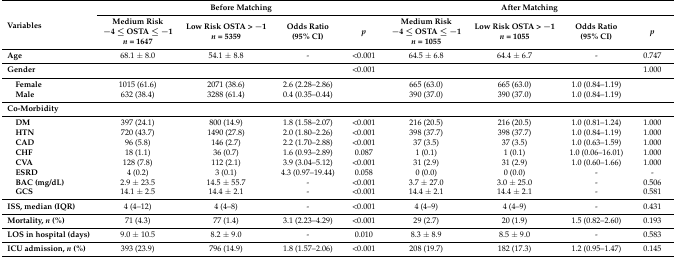
<table><thead><tr><td rowspan="2"><b>Variables</b></td><td colspan="4"><b>Before Matching</b></td><td colspan="4"><b>After Matching</b></td></tr><tr><td><b>Medium Risk −4 ≤ OSTA ≤ −1<i>n</i> = 1647</b></td><td><b>Low Risk OSTA &gt; −1<i>n</i> = 5359</b></td><td><b>Odds Ratio(95% CI)</b></td><td><b><i>p</i></b></td><td><b>Medium Risk −4 ≤ OSTA ≤ −1<i>n</i> = 1055</b></td><td><b>Low Risk OSTA &gt; −1<i>n</i> = 1055</b></td><td><b>Odds Ratio(95% CI)</b></td><td><b><i>p</i></b></td></tr></thead><tbody><tr><td><b>Age</b></td><td>68.1 ± 8.0</td><td>54.1 ± 8.8</td><td>-</td><td>&lt;0.001</td><td>64.5 ± 6.8</td><td>64.4 ± 6.7</td><td>-</td><td>0.747</td></tr><tr><td><b>Gender</b></td><td></td><td></td><td></td><td>&lt;0.001</td><td></td><td></td><td></td><td>1.000</td></tr><tr><td> <b>Female</b></td><td>1015 (61.6)</td><td>2071 (38.6)</td><td>2.6 (2.28–2.86)</td><td></td><td>665 (63.0)</td><td>665 (63.0)</td><td>1.0 (0.84–1.19)</td><td></td></tr><tr><td> <b>Male</b></td><td>632 (38.4)</td><td>3288 (61.4)</td><td>0.4 (0.35–0.44)</td><td></td><td>390 (37.0)</td><td>390 (37.0)</td><td>1.0 (0.84–1.19)</td><td></td></tr><tr><td><b>Co-Morbidity</b></td><td></td><td></td><td></td><td></td><td></td><td></td><td></td><td></td></tr><tr><td> <b>DM</b></td><td>397 (24.1)</td><td>800 (14.9)</td><td>1.8 (1.58–2.07)</td><td>&lt;0.001</td><td>216 (20.5)</td><td>216 (20.5)</td><td>1.0 (0.81–1.24)</td><td>1.000</td></tr><tr><td> <b>HTN</b></td><td>720 (43.7)</td><td>1490 (27.8)</td><td>2.0 (1.80–2.26)</td><td>&lt;0.001</td><td>398 (37.7)</td><td>398 (37.7)</td><td>1.0 (0.84–1.19)</td><td>1.000</td></tr><tr><td> <b>CAD</b></td><td>96 (5.8)</td><td>146 (2.7)</td><td>2.2 (1.70–2.88)</td><td>&lt;0.001</td><td>37 (3.5)</td><td>37 (3.5)</td><td>1.0 (0.63–1.59)</td><td>1.000</td></tr><tr><td> <b>CHF</b></td><td>18 (1.1)</td><td>36 (0.7)</td><td>1.6 (0.93–2.89)</td><td>0.087</td><td>1 (0.1)</td><td>1 (0.1)</td><td>1.0 (0.06–16.01)</td><td>1.000</td></tr><tr><td> <b>CVA</b></td><td>128 (7.8)</td><td>112 (2.1)</td><td>3.9 (3.04–5.12)</td><td>&lt;0.001</td><td>31 (2.9)</td><td>31 (2.9)</td><td>1.0 (0.60–1.66)</td><td>1.000</td></tr><tr><td> <b>ESRD</b></td><td>4 (0.2)</td><td>3 (0.1)</td><td>4.3 (0.97–19.44)</td><td>0.058</td><td>0 (0.0)</td><td>0 (0.0)</td><td>-</td><td>-</td></tr><tr><td> <b>BAC (mg/d</b><b>L</b><b>)</b></td><td>2.9 ± 23.5</td><td>14.5 ± 55.7</td><td>-</td><td>&lt;0.001</td><td>3.7 ± 27.0</td><td>3.0 ± 25.0</td><td>-</td><td>0.506</td></tr><tr><td> <b>GCS</b></td><td>14.1 ± 2.5</td><td>14.4 ± 2.1</td><td>-</td><td>&lt;0.001</td><td>14.4 ± 2.1</td><td>14.4 ± 2.1</td><td>-</td><td>0.581</td></tr><tr><td><b>ISS, median (IQR)</b></td><td>4 (4–12)</td><td>4 (4–8)</td><td>-</td><td>&lt;0.001</td><td>4 (4–9)</td><td>4 (4–9)</td><td>-</td><td>0.431</td></tr><tr><td><b>Mortality, <i>n</i> (%)</b></td><td>71 (4.3)</td><td>77 (1.4)</td><td>3.1 (2.23–4.29)</td><td>&lt;0.001</td><td>29 (2.7)</td><td>20 (1.9)</td><td>1.5 (0.82–2.60)</td><td>0.193</td></tr><tr><td><b>LOS in hospital (days)</b></td><td>9.0 ± 10.5</td><td>8.2 ± 9.0</td><td>-</td><td>0.010</td><td>8.3 ± 8.9</td><td>8.5 ± 9.0</td><td>-</td><td>0.583</td></tr><tr><td><b>ICU admission, <i>n</i> (%)</b></td><td>393 (23.9)</td><td>796 (14.9)</td><td>1.8 (1.57–2.06)</td><td>&lt;0.001</td><td>208 (19.7)</td><td>182 (17.3)</td><td>1.2 (0.95–1.47)</td><td>0.145</td></tr></tbody></table>